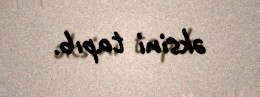
əksini tapıb.